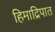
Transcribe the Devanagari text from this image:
हिमाद्रिपात